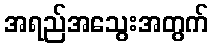
အရည်အသွေးအတွက်